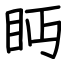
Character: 眄